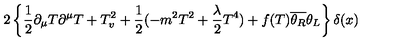
2 \left\{ \frac { 1 } { 2 } \partial _ { \mu } T \partial ^ { \mu } T + T _ { v } ^ { 2 } + \frac { 1 } { 2 } ( - m ^ { 2 } T ^ { 2 } + \frac { \lambda } { 2 } T ^ { 4 } ) + f ( T ) \overline { { \theta _ { R } } } \theta _ { L } \right\} \delta ( x )